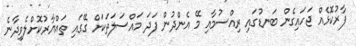
ފާރުކޮޅެއް ޖަހައިގެން ބަނޑުގައި ރިއްސުމާއި މޭ އެންދުން ފަދަ މައްސަލަތަކަށް ގޭގައި ތައްޔާރުކޮށްލެވިދާނެ